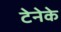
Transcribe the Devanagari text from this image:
टेनेके